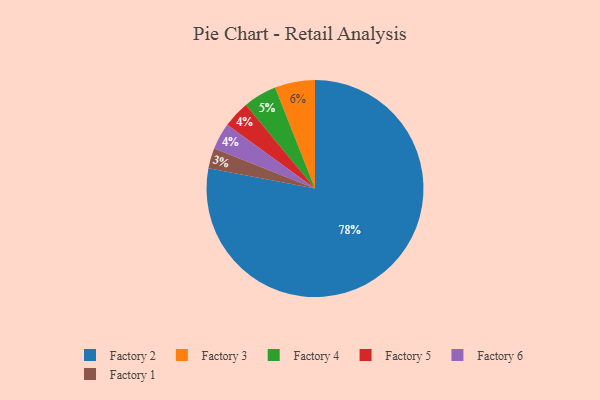
{"axis": {"x": "Category", "y": "Percentage"}, "legend": ["Factory 1", "Factory 2", "Factory 3", "Factory 4", "Factory 5", "Factory 6"], "data": [{"x": "Factory 3", "y": 6, "type": "Factory 3"}, {"x": "Factory 1", "y": 3, "type": "Factory 1"}, {"x": "Factory 5", "y": 4, "type": "Factory 5"}, {"x": "Factory 2", "y": 78, "type": "Factory 2"}, {"x": "Factory 4", "y": 5, "type": "Factory 4"}, {"x": "Factory 6", "y": 4, "type": "Factory 6"}]}